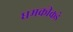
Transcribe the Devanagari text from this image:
धमकीकडे